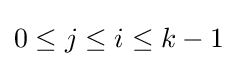
0\leq j\leq i\leq k-1